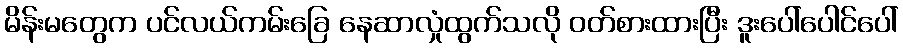
မိန်းမတွေက ပင်လယ်ကမ်းခြေ နေဆာလှုံထွက်သလို ဝတ်စားထားပြီး ဒူးပေါ်ပေါင်ပေါ်